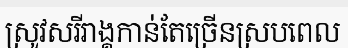
ស្រូវសរីរាង្គកាន់តែច្រើនស្របពេល